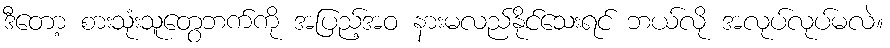
ဒီတော့ စားသုံးသူတွေဘက်ကို အပြည့်အဝ နားမလည်နိုင်သေးရင် ဘယ်လို အလုပ်လုပ်မလဲ။